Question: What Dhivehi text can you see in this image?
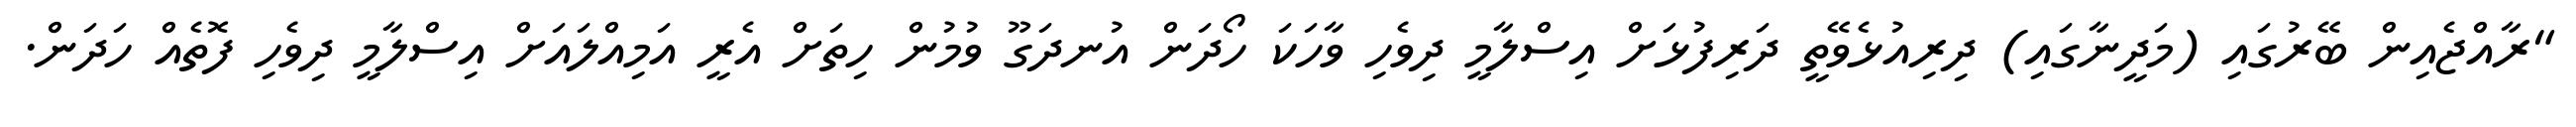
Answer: "ރާއްޖެއިން ބޭރުގައި (މަދީނާގައި) ދިރިއުޅެވޭތީ ދަރިފުޅަށް އިސްލާމީ ދިވެހި ވާހަކަ ހޯދަން އުނދަގޫ ވުމުން ހިތަށް އެރީ އަމިއްލައަށް އިސްލާމީ ދިވެހި ފޮތެއް ހަދަން.